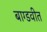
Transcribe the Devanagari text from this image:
बाग्डवीत